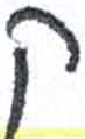
אות: ק